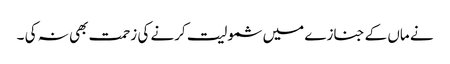
نے ماں کے جنازے میں شمولیت کرنے کی زحمت بھی نہ کی ۔